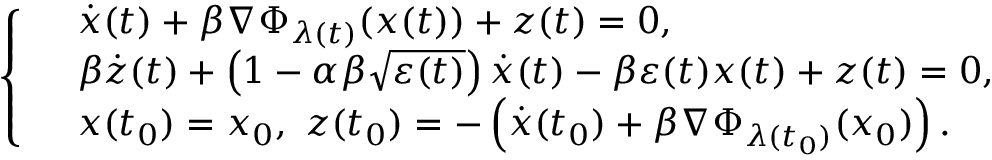
\left\{ \begin{array} { l l } & { \dot { x } ( t ) + \beta \nabla \Phi _ { \lambda ( t ) } ( x ( t ) ) + z ( t ) = 0 , } \\ & { \beta \dot { z } ( t ) + \left( 1 - \alpha \beta \sqrt { \varepsilon ( t ) } \right) \dot { x } ( t ) - \beta \varepsilon ( t ) x ( t ) + z ( t ) = 0 , } \\ & { x ( t _ { 0 } ) = x _ { 0 } , \ z ( t _ { 0 } ) = - \left( \dot { x } ( t _ { 0 } ) + \beta \nabla \Phi _ { \lambda ( t _ { 0 } ) } ( x _ { 0 } ) \right) . } \end{array} \right.